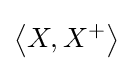
\left\langle X,X^{+}\right\rangle